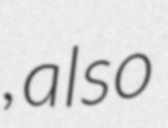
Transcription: , also